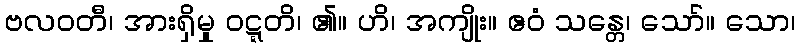
ဗလဝတီ၊ အားရှိမှု ဝဋ္ဋတိ၊ ၏။ ဟိ၊ အကျိုး။ ဧဝံ သန္တေ၊ သော်။ သော၊